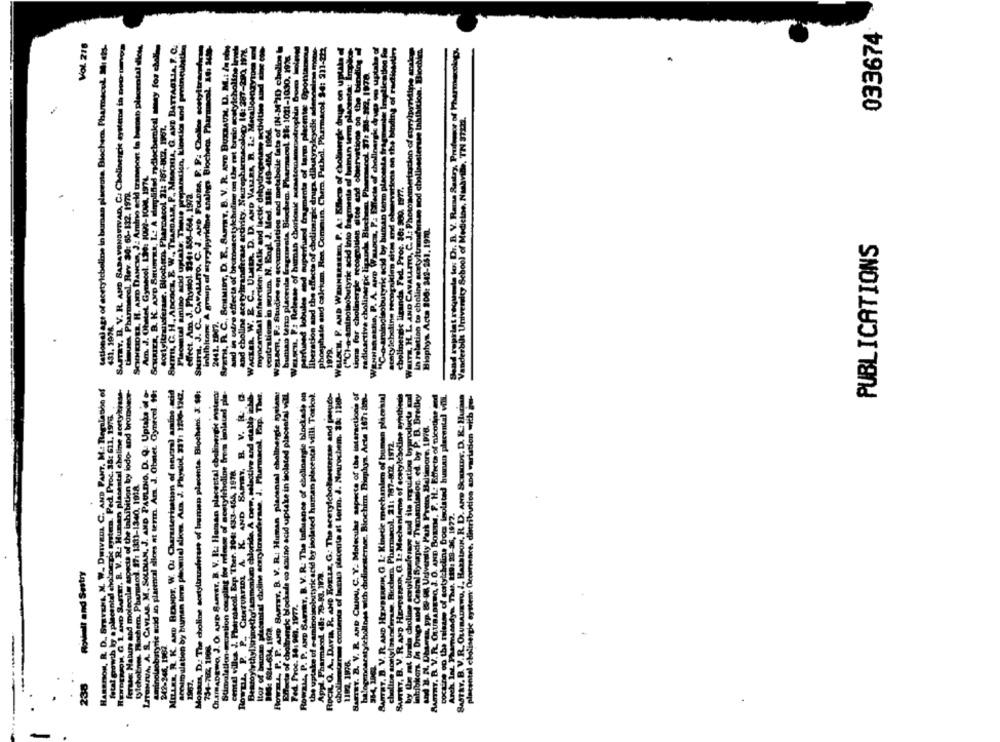
033674
Vol. 218
tation al age of acetylcholine in buman placeota. Blocher. PharmacuL. 301 cis-
SAJTRY. B. V. R. AND BABAVONDUIVAD, C. Cholinergic aystetos is notrompa
SCHNEIDER, H. AMED DANCIA, J .: Amino acid transport io burst placental allons
SCHRIER, B. K. AND SHuBrna, Lc A simplified radiochemical sinny for chollos
SMITHL, C. H ., Ancocz, E. W ., TRASDALE, P ., MRSQUIA, G. AND BATTAGLIA, F. C.
Placental amino acid uptake: Tiene preparation, kinetics and proincubation
inhibitor A group of styrylpyrichine analogs Blocher Pharmacol. 14: 30-
Brat, R. C ., SCHMIDT, D. E ., SAMNY, B. V. R. AND BUXBAUM, D. M .: In Dhy
and in ostre effects of brumeacetylcholine on Uhr est brain acetylcholine inneh
and choline acetyltransferase activity. Nourepharmacology 10: 287-200. 1974.
myocardial Infarction: Matic and lactic dehydrogenase motivithen and isine con
of IN-MID chollos
WHITE, H. L. AND CAVALLITO, C. J .: Photomertaschon of styryipyritips analog
SMint, J. C_ CAVALLITO. C. J. AND FOLDER. P. P: Qualime costyttre fra
WELeen. F: Release of human chorionic sotastomammaotrophin Brum Holend
perfused lobules and superfurod fragments of tarto plecenter Spontanou
liberation and the effects of cholinergic druga dibutyrylcydie adenoalre mot
phosphate and calckun. Ren Commun. Chern Pathel. Pharmacol 3-4: 311-222
WELSCH, F. AND WENNERSEED, P. A .: Elleco of cholinergle drugs on upthe
Lions for cholinergle recognition sites and observations of the binding di
"Hahathe, P. A. AND Wasoca, Pa Effects of cholinergk drugs on uptake of
in relation to choline nostyltransferase nod cholinesterase Inhibition. Biochien.
Scad reprint requesta lo: Dr. B. V. Rese Sestry, Professor of Pharmacology.
("CI-a-aminolaobutyric acid into fragments of human term placenta: Imp
radioactiva cholinergic ligaunka. Blochesa, PharmacoL. 37: 301-322, IN78.
WACKER. W. E. C ., ULMER. D. D. AND VALIRA, R. L .: Metallomnay
acetylebeling recognition sites and observations on the binding of rad
"C-a- aringisobutyric acid by human tarm placenta fragmente Im
Vanderbilt University School of Mediclos, Nasavile, TN 37223.
Acetyltransferase. Blochson, Pharmacol 21: 387-802. 1901.
plabolle la
Am. J. Ohstet Gynecol. 139: 1099-1004. 1974.
cholinergic ligands. Fed. Proc. 30: 900. 1977.
tiques Pharmacol. Rev. 30: 66-132. 1972.
effect. Am J. Physiol 334: 858-664. 1972.
ouletics and
Biophys Acta 208: 242-261. 1970.
PUBLICATIONS
2442. 2007.
431. 1978.
HARBISON, R. D ., STEVENL, M. W. DWIVEDL C. AND PANT, M .: Regalathe of
HENDERSON, G. 1 AND SAFTET. B. V. R. Hunan placental choline acetyltisse-
ferase: Makers and molecule aspects of the inhibition by lodo- and bromoer-
LITENSUA, A. S. CAVLAS. M. SOLDIAN, J. AND PAULINO. D. Q. Uptake di e-
Aminolasobatyric acid Jo placencal slices at term. Am. J. Obstet Gynecel. 19:
MILLER, R. K. AND BERNDT, W. O. Characterisation of neutral amino acid
sonum ulation by human tor phomud) alice. Arn. J. Physlol. 331: 1200-1247.
MoRans, D .: The choline acetylinzahran of lumen placenta Biochens. 3: $8:
OLEIRADEWO, J. O. AND SAMET. B. V. R. Haman placental cholinergic oysters
Stimulation-gestion coupling toe release of acetylcholine from isolated pla-
Gramas Hladantal choline aretylcrandfersen. J. Pharmacol. Frp. Ther.
Royal, P. P. AND BarraY. B. V. R .: Human placental cholinergic żyslams
Beets of cholinergic blockade co amino acid uptake in isolated placental vill.
ROWRAL, P. P. AND BARIST, B. V. R. The influence of ebolinergie blockade on
the uptake of e-aminoisobutyric acid by isolated human placental villi. Toricol.
ROCIL, O. A ., Dava. R. AND RonLE, G .: The acetylcholensterase and perudo-
planes contents of Innan placenta at lerin. J. Neurochem. 35: 1200-
SAFTET. B. V. R. AND CHIOU, C. Y. Molecules aspects of the interactions of
SAFTNT, B. V. R. AND HENDERAUN, C. I. Mechanisme of acetylcholine synthiede
Inhibitors. In Drugs and Central Synapdie Transmission ed by P. D. Bredky
BARY. B. V. PL. OLUBABERO, J. O. AND BORAM, F. H .: Effects of nicotine and
ROWELL. P. P ., CHATURFIDI A. K. AND SAMMY, B. V. R. Q.
Andtive and stable inhalb
halogenearstylcholines with cholinesterne. Biochim. Biophys. Acta 167: 3:3-
SAMTET, D. V. PL AND HENDERFIN, G. L: Kinetic mechanism of human placental
y (he rat brain choline ecrultranfermos sad ile regulation byproduct, und
cocaine on the release of scrtylcholine boc Isolated bunnen placental vill.
SASTRY. B. V.R. OLUBADEWO. J. HakStaON, R. D. AND SCHKIDS, D. K .: Hucasa
placental cholinergic system Occurrence, distribution and variation wich is-
fatal growth by a placental cholinergic mostem. Ped. Proc. 38: 611, 1976.
choline sontyl marsferase. Biochern. Pharmacol. 21: 787-802. 1972.
cental villes J. Pherssacol. Exp. Ther. 304: 433-455, 1978.
ummetho tamamenkuro chloride. A new, solactiv
(ofcholines. Pocher, Pharmacol. 27: 1331-1340, 1918.
Arch. Int. Pharmacadyn. Ther. 119: 23-36, 1972.
Rovmall and Sestry
Appl. Pharmacol (A: 78-83. 1979.
Fed. Proc. 36: 901. 1977.
Benzoylethylkurimed
996: 624-634. 1928.
242-345. 1962
754-782 1908
Itor of
1192, 1976.
984, 1004.
238